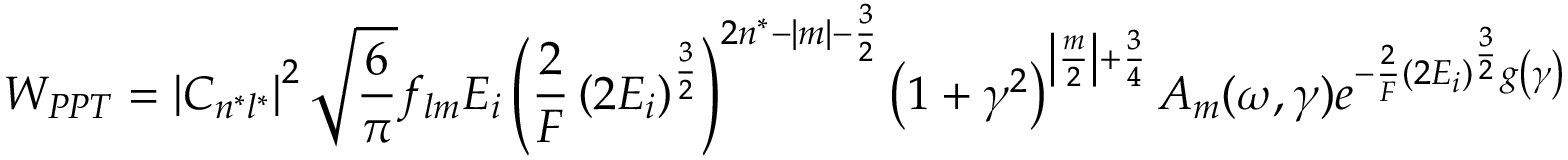
W _ { P P T } = \left| C _ { n ^ { * } l ^ { * } } \right| ^ { 2 } { \sqrt { \frac { 6 } { \pi } } } f _ { l m } E _ { i } \left( { \frac { 2 } { F } } \left( 2 E _ { i } \right) ^ { \frac { 3 } { 2 } } \right) ^ { 2 n ^ { * } - | m | - { \frac { 3 } { 2 } } } \left( 1 + \gamma ^ { 2 } \right) ^ { \left| { \frac { m } { 2 } } \right| + { \frac { 3 } { 4 } } } A _ { m } ( \omega , \gamma ) e ^ { - { \frac { 2 } { F } } \left( 2 E _ { i } \right) ^ { \frac { 3 } { 2 } } g \left( \gamma \right) }